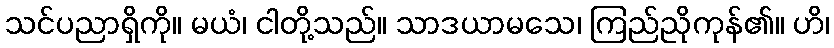
သင်ပညာရှိကို။ မယံ၊ ငါတို့သည်။ သာဒယာမသေ၊ ကြည်ညိုကုန်၏။ ဟိ၊